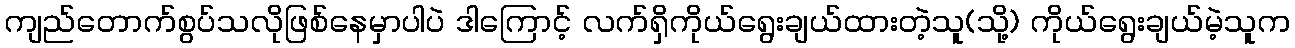
ကျည်တောက်စွပ်သလိုဖြစ်နေမှာပါပဲ ဒါကြောင့် လက်ရှိကိုယ်ရွေးချယ်ထားတဲ့သူ(သို့) ကိုယ်ရွေးချယ်မဲ့သူက